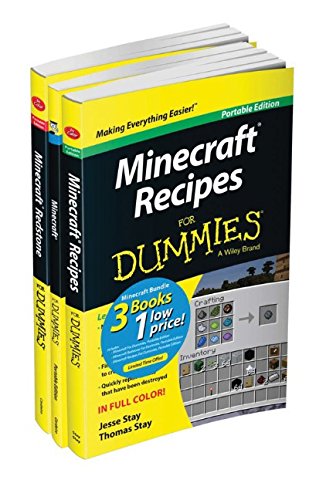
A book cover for Minecraft For Dummies Collection, 3-Book Bundle; Jacob Cordeiro; Humor & Entertainment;